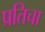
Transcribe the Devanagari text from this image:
प्रतिचा